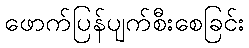
ဖောက်ပြန်ပျက်စီးစေခြင်း